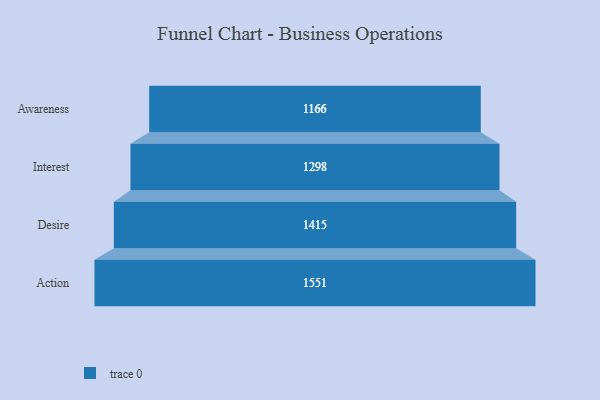
{"axis": {"x": "Stage", "y": "Value"}, "legend": [""], "data": [{"x": "Awareness", "y": 1166.0, "type": ""}, {"x": "Interest", "y": 1298.0, "type": ""}, {"x": "Desire", "y": 1415.0, "type": ""}, {"x": "Action", "y": 1551.0, "type": ""}]}